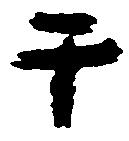
于